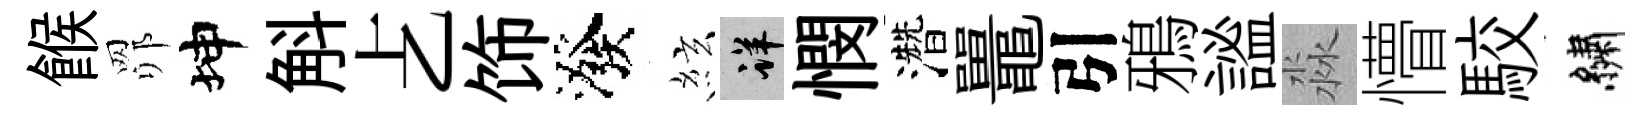
餱𦊑坤斛𠧒饰潑絃详憫濳鼉引鴉謐淼懵駮繡